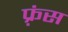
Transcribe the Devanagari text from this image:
फ़्रंस